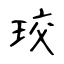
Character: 珓